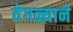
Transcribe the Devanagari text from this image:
वेगळ्याने